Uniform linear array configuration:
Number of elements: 12
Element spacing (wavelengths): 0.25
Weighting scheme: uniform
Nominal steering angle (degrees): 15
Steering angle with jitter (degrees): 16.974
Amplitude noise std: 0.05
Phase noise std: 0.05

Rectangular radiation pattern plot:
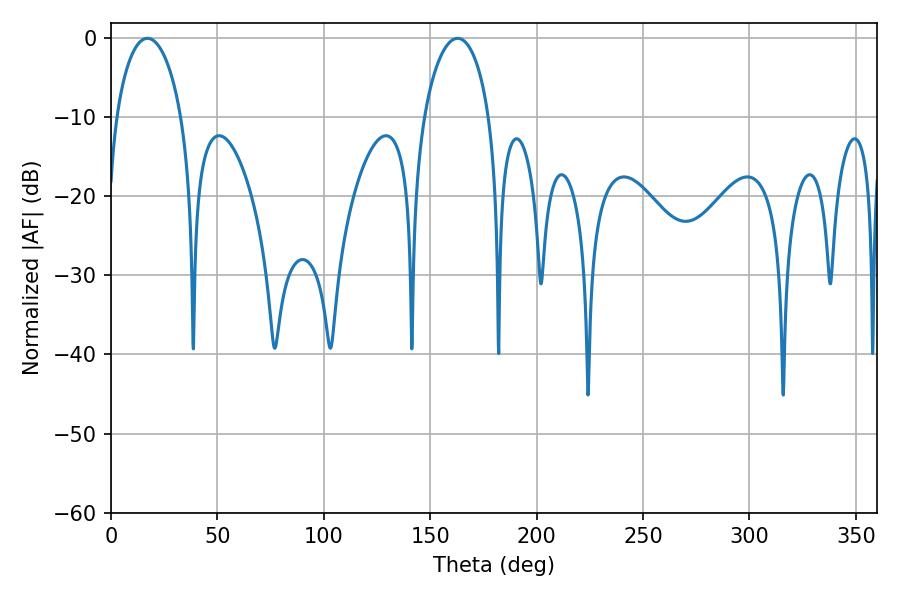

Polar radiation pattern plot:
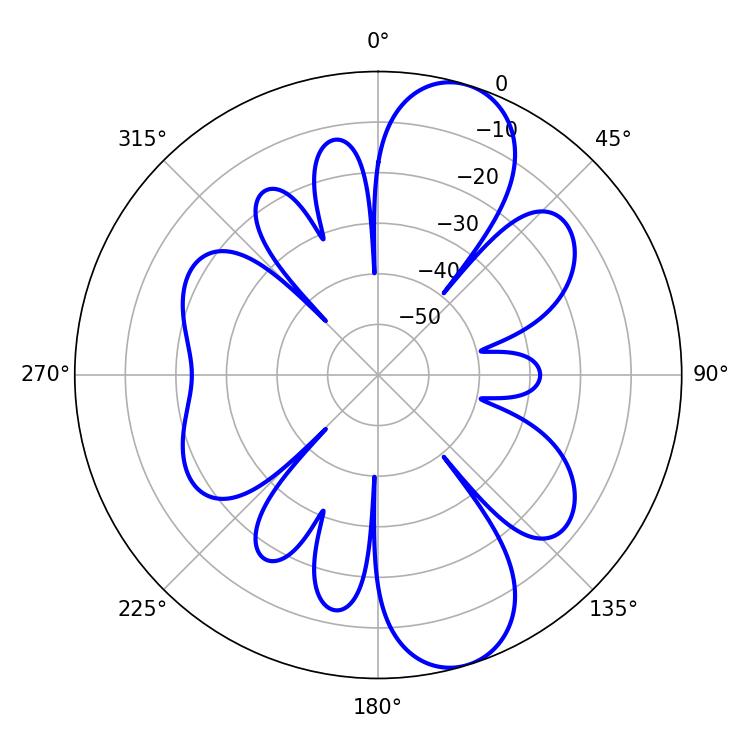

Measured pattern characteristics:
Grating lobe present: FALSE
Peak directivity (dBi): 10.105
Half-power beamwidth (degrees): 17.64
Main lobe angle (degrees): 17.1